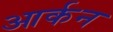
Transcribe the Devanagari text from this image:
आर्कन